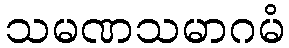
သမဏသမာဂမံ